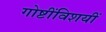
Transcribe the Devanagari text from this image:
गोष्टींविशयीं